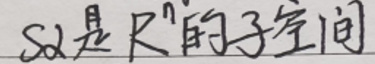
$S\alpha $是$\mathbb{R}^{n}$的子空间